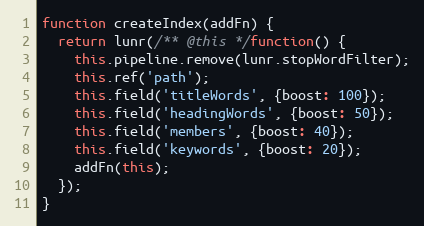
Language: JavaScript
function createIndex(addFn) {
  return lunr(/** @this */function() {
    this.pipeline.remove(lunr.stopWordFilter);
    this.ref('path');
    this.field('titleWords', {boost: 100});
    this.field('headingWords', {boost: 50});
    this.field('members', {boost: 40});
    this.field('keywords', {boost: 20});
    addFn(this);
  });
}